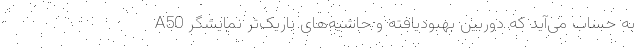
A50 به حساب می‌آید که دوربین بهبودیافته و حاشیه‌های باریک‌تر نمایشگر